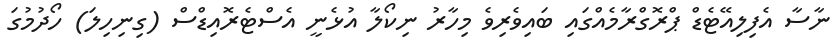
ނާސާ އެފިލިއޭޓެޑް ޕްރޮގްރާމެއްގައި ބައިވެރިވެ މިހާރު ނިކޯލާ އުޅެނީ އެސްޓެރޮއިޑްސް (ގިނިހިލަ) ހޯދުމުގަ